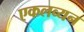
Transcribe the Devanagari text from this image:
एकलव्यन